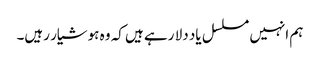
ہم انہیں مسلسل یاد دلا رہے ہیں کہ وہ ہوشیار رہیں۔